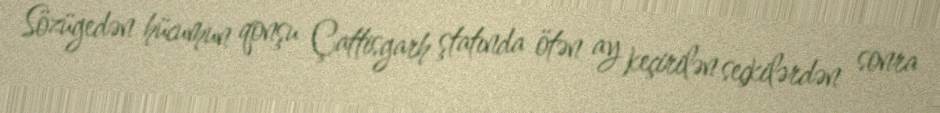
Sözügedən hücumun qonşu Çattisgarh ştatında ötən ay keçirilən seçkilərdən sonra